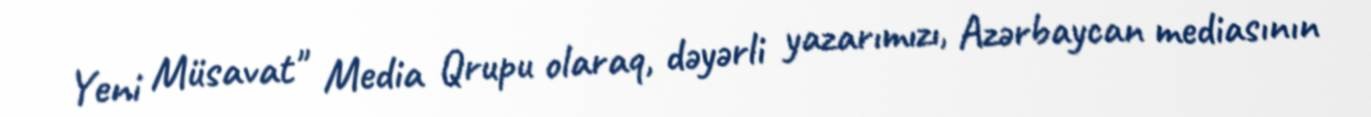
Yeni Müsavat" Media Qrupu olaraq, dəyərli yazarımızı, Azərbaycan mediasının